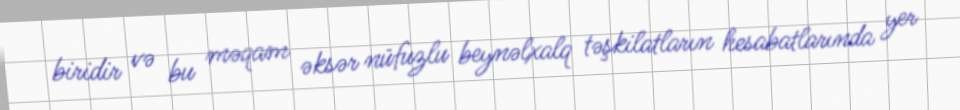
biridir və bu məqam əksər nüfuzlu beynəlxalq təşkilatların hesabatlarında yer